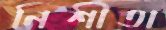
নিশীতা